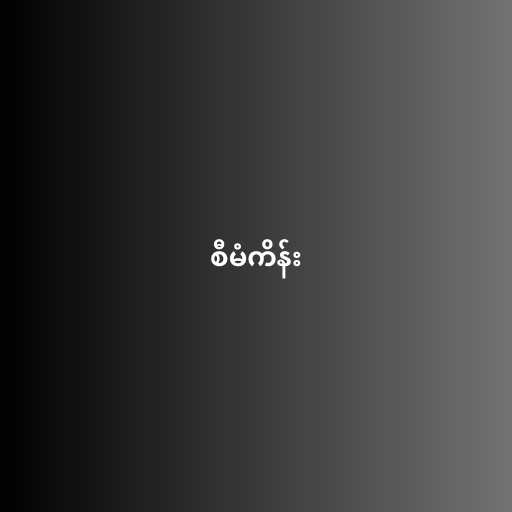
စီမံကိန်း